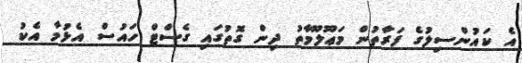
އެ ކައުންސިލުގެ ފަރާތުން މަޢޫލޫމާތު ދިން ގޮތުގައި ގެސްޓް ހައުސް އެޅުމާ އެކު